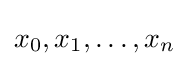
x_{0},x_{1},\ldots ,x_{n}